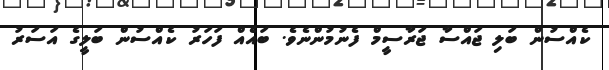
ކެއްސުން ބަލި ޖައްސާ ޖަރާސީމް ފެނުމުންނެވެ. ބައެއް ފަހަރު ކެއްސުން ބަލީގެ އަސަރު